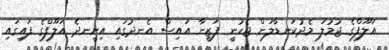
އަލޫފްގެ ޖުމުލަ މެދުކަނޑާލަން ޖެހުނީ ފަޒީނާ އައިސް އެނދުގައި އިށީނދެ އަލޫފްގެ ފައިގައި